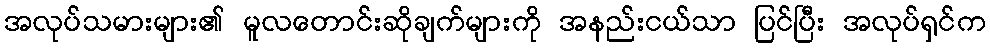
အလုပ်သမားများ၏ မူလတောင်းဆိုချက်များကို အနည်းငယ်သာ ပြင်ပြီး အလုပ်ရှင်က